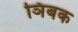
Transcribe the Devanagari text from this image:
ञिंबक